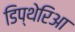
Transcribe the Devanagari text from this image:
डिप्थेरिआ